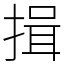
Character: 揖